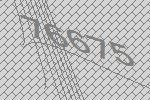
76675